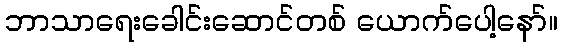
ဘာသာရေးခေါင်းဆောင်တစ် ယောက်ပေါ့နော်။